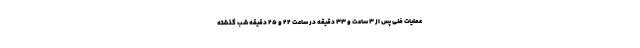
عملیات فنی پس از ۳ ساعت و ۳۳ دقیقه در ساعت ۲۲ و ۲۵ دقیقه شب گذشته